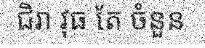
ជិរា វុធ តែ ចំនួន